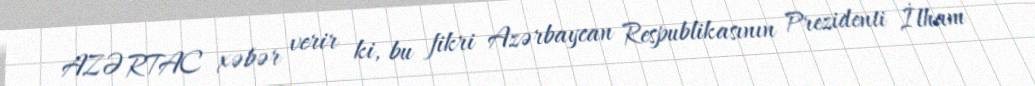
AZƏRTAC xəbər verir ki, bu fikri Azərbaycan Respublikasının Prezidenti İlham